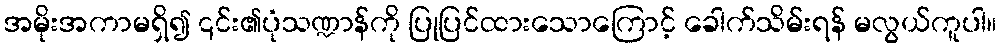
အမိုးအကာမရှိ၍ ၎င်း၏ပုံသဏ္ဍာန်ကို ပြုပြင်ထားသောကြောင့် ခေါက်သိမ်းရန် မလွယ်ကူပါ။